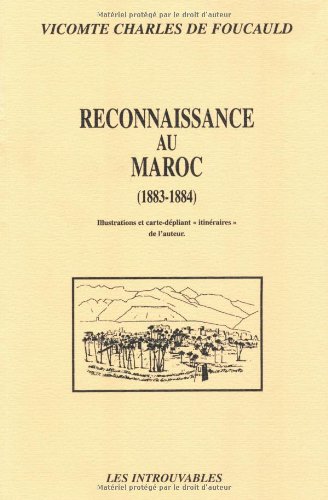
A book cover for Reconnaissance au Maroc: 1883-1884; Charles de Foucauld; Travel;